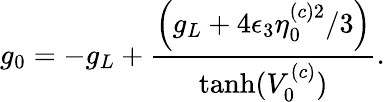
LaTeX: g_{0}=-g_{L}+\frac{\left(g_{L}+4\epsilon_{3}\eta_{0}^{(c)2}/3\right)}{\operatorname{tanh}(V_{0}^{(c)})}.